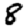
Digit: 8